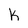
Character: h